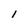
Character: I